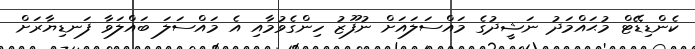
ކެންޑިޑޭޓް މުޙައްމަދު ނަޝީދުގެ މައްސަލައަށް ނުފޫޒު ހިންގެވުމާއި އެ މައްސަލަ ބައްލަވާ ފަނޑިޔާރަށް